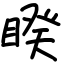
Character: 睽